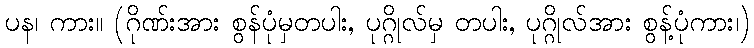
ပန၊ ကား။ (ဂိုဏ်းအား စွန်ပုံမှတပါး, ပုဂ္ဂိုလ်မှ တပါး, ပုဂ္ဂိုလ်အား စွန့်ပုံကား၊)